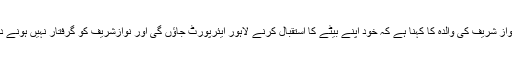
ایون فیلڈ ریفرنس میں احتساب عدالت سے سزا پانے والے سابق وزیراعظم نواز شریف کی والدہ کا کہنا ہے کہ خود اپنے بیٹے کا استقبال کرنے لاہور ایئرپورٹ جاؤں گی اور نوازشریف کو گرفتار نہیں ہونے دوں گی تاہم اگر انہیں گرفتار کیا گیا تو میں بھی ان کے ساتھ جیل جاؤں گی۔